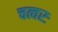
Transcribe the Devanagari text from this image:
चत्वरः